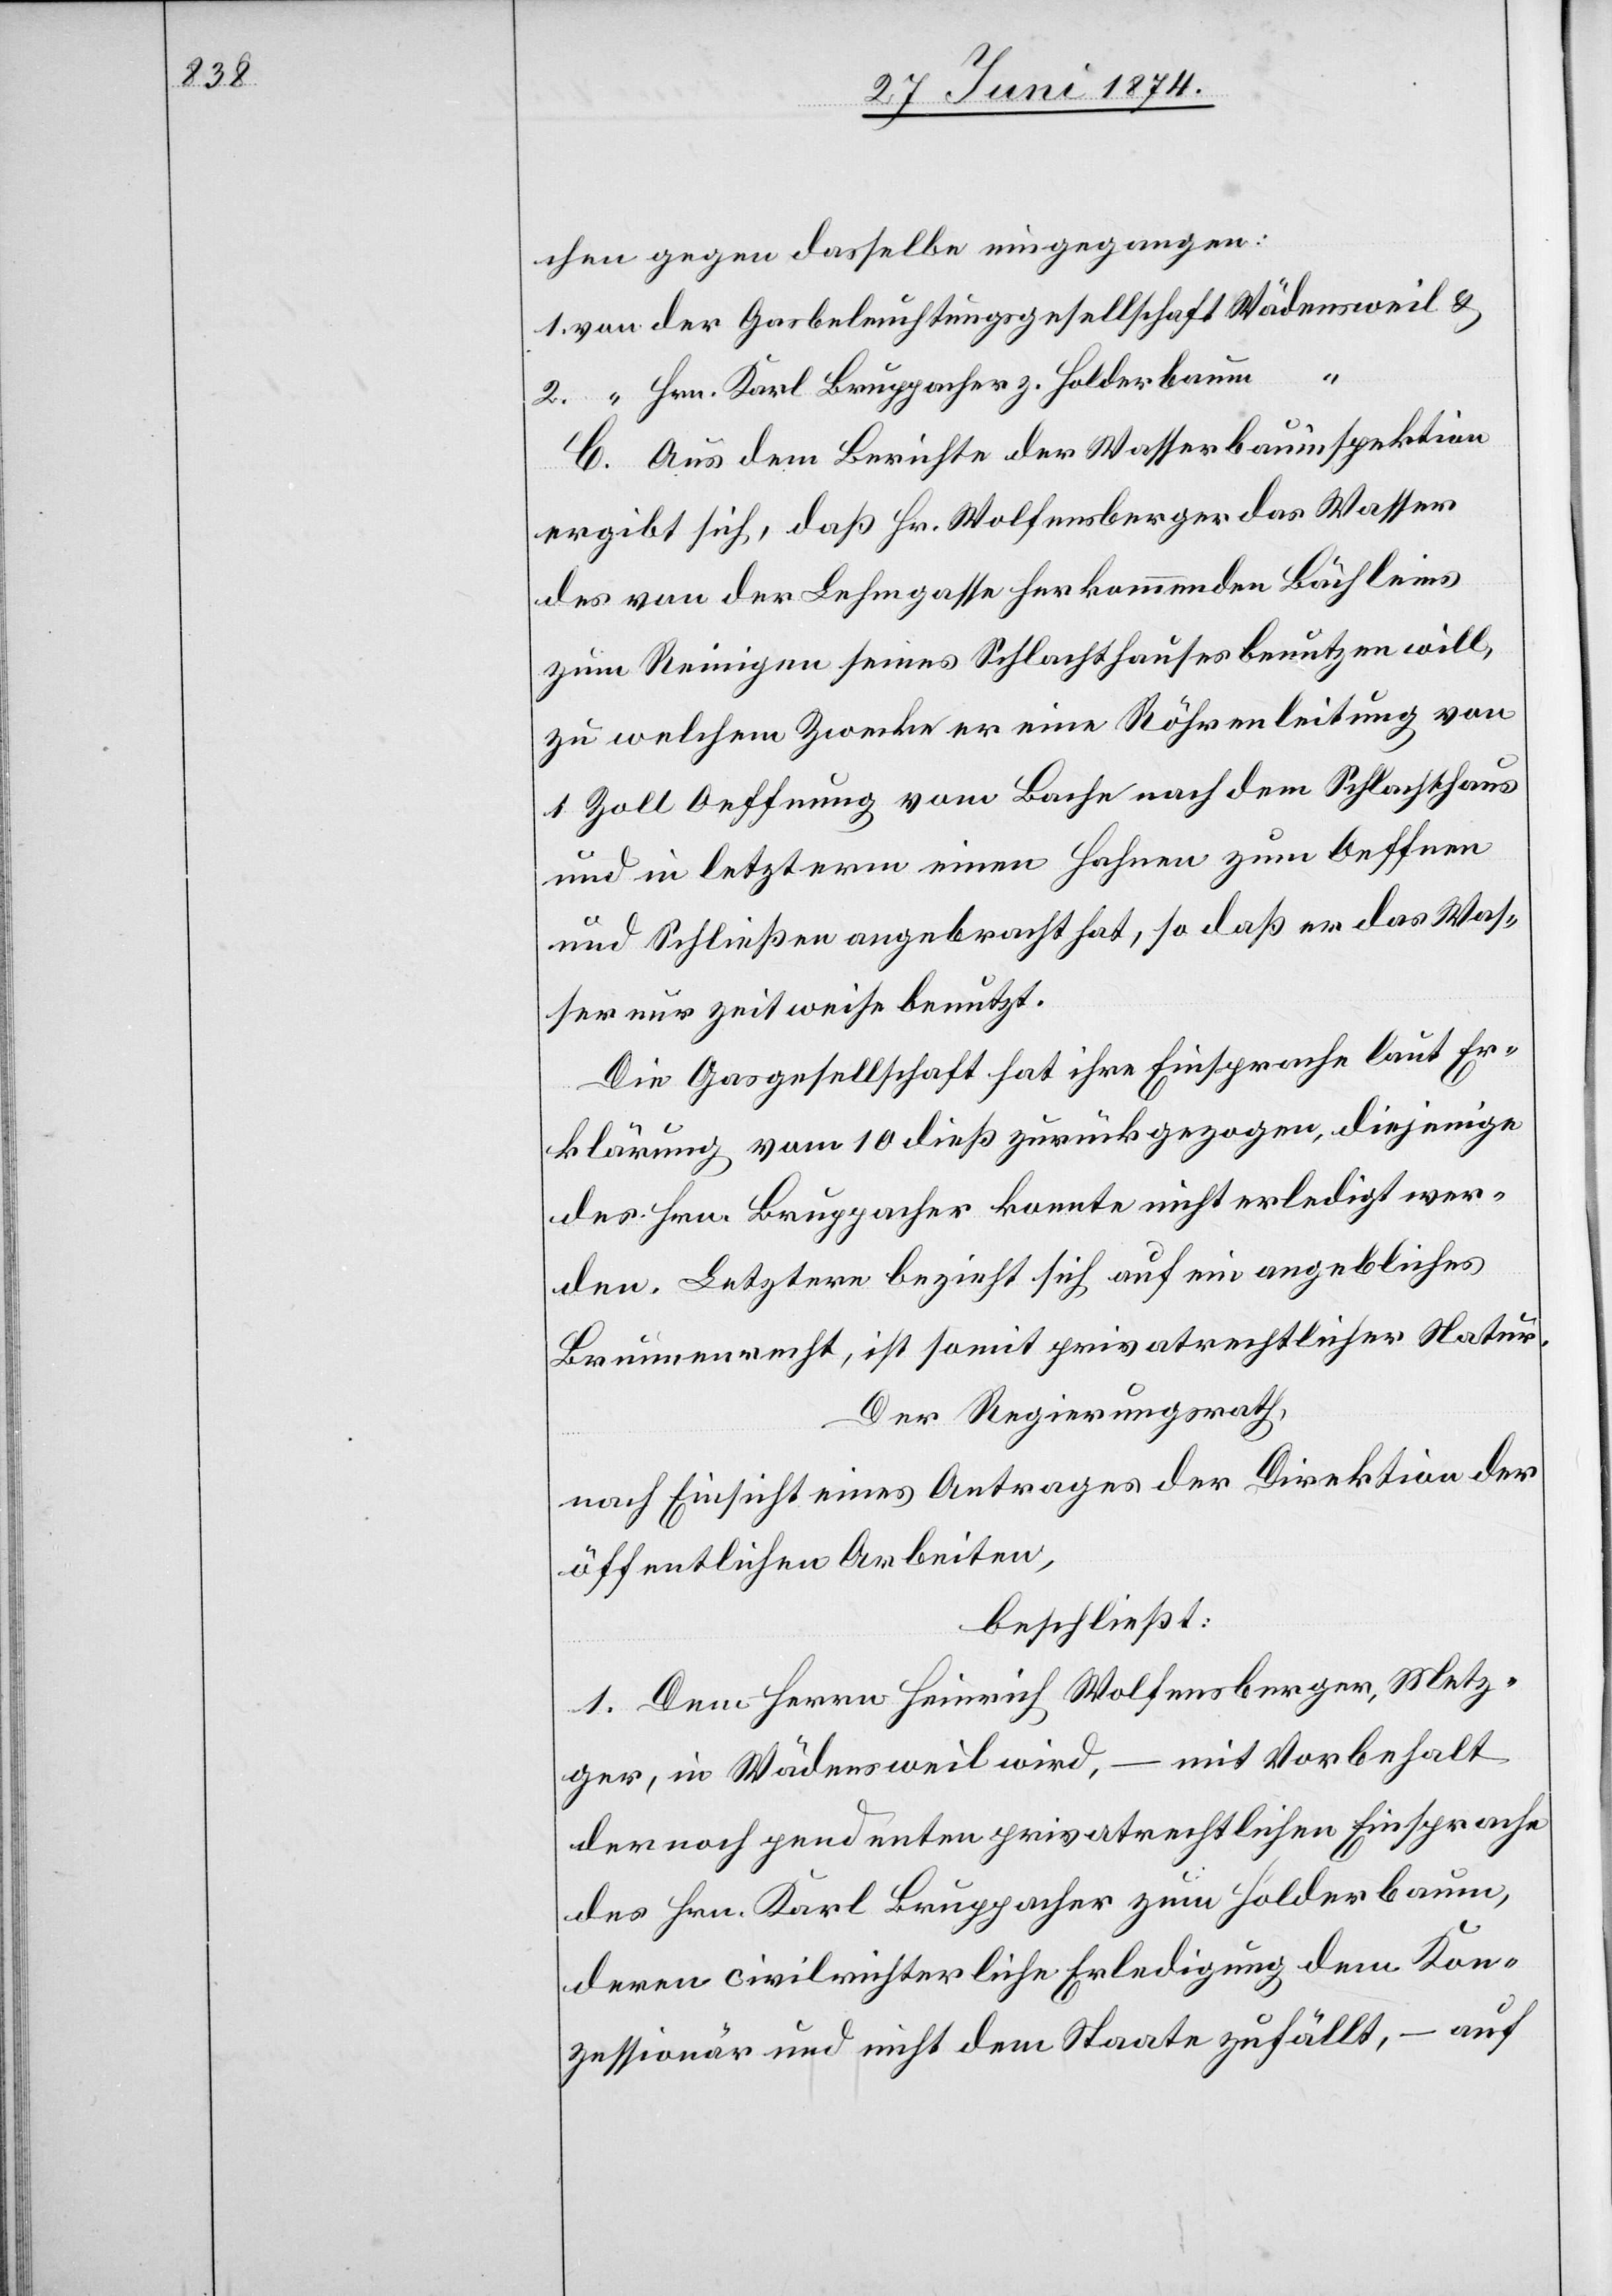
chen gegen dasselbe eingegangen:
1. von der Gasbeleuchtungsgesellschaft Wädensweil u.
2. “ Hrn. Karl Bruppacher z. Holderbaum
C. Aus dem Berichte der Wasserbauinspektion
ergibt sich, daß Hr. Wolfensberger das Wasser
des von der Lehmgasse herkommenden Bächleins
zum Reinigen seines Schlachthauses benutzen will,
zu welchem Zwecke er eine Röhrenleitung von
1 Zoll Oeffnung vom Bache nach dem Schlachthause
und in letzterm einen Hahnen zum Oeffnen
und Schließen angebracht hat, so daß er das Was¬
ser nur zeitweise benutzt.
Die Gasgesellschaft hat ihre Einsprache laut Er¬
klärung vom 10. dieß zurückgezogen, diejenige
des Hrn. Bruppacher konnte nicht erledigt wer¬
den. Letztere bezieht sich auf ein angebliches
Brunnenrecht, ist somit privatrechtlicher Natur.
Der Regierungsrath,
nach Einsicht eines Antrages der Direktion der
öffentlichen Arbeiten,
beschließt:
1. Dem Herrn Heinrich Wolfensberger, Metz¬
ger, in Wädensweil wird, – mit Vorbehalt
der noch pendenten privatrechtlichen Einsprache
des Hrn. Karl Bruppacher zum Holderbaum,
deren civilrichterliche Erledigung dem Kon¬
zessionär und nicht dem Staate zufällt, – auf